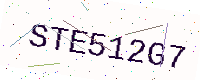
Text: STE512G7